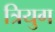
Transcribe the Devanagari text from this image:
त्रियुग